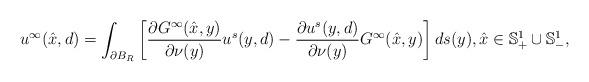
LaTeX: \begin{align*}u^\infty(\hat x,d)=\int_{\partial{B_R}}\left[{\frac{\partial G^\infty(\hat{x},y)}{\partial\nu(y)}}u^s(y,d)-\frac{\partial u^s(y,d)}{\partial\nu(y)}G^{\infty}(\hat{x},y)\right]ds(y),\hat x \in \mathbb S^1_+\cup \mathbb S^1_-,\end{align*}